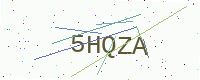
Text: 5HQZA